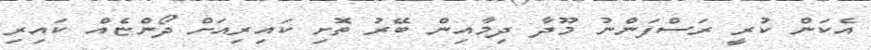
އެކަން ކުރީ ރަސްފަންނު މޫދާ ދިމާއިން ބޭރު ތޮށި ކައިރިއަށް ދޯންޏެއް ކައިރި